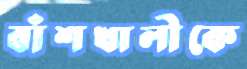
বাঁশখালীকে